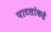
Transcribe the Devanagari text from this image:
पाटलांकडे